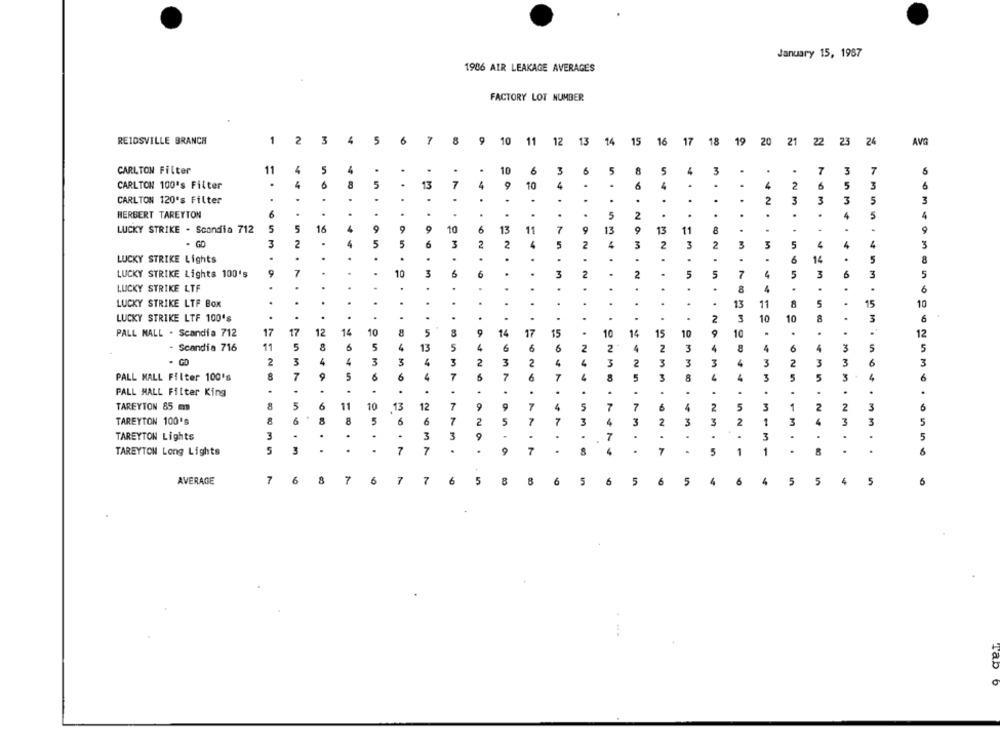
January 15, 1987
1986 AIR LEAKAGE AVERAGES
FACTORY LOT NUMBER
REIDSVILLE BRANCH
2
3
4
5
6
7
8 9 10 11 12 13 14 15 16
17
18
19
20
21
22
23
24
AVG
CARLTON Filter
11
5
4
.
.
-
.
.
10
6
3
6
5
8
5
3
7
CARLTON 100's Filter
6
5
13
7
9
10
4
6
2
5
3
6
CARLTON 120's Filter
..
.
.
.
.
.
.
3
3
3
5
HERBERT TAREYTON
.
.
.
.
.
5
2
5
4
LUCKY STRIKE . Scondia 712
5
=.. 65
5
16
9
10
6
13
11
7
13
13
8
- GD
m
2
.
4
5
5
6
3
2
2
5
2
4
3
2
3
2
3
3
5
LUCKY STRIKE Lights
.
.
.
.
.
.
.
.
.
6
14
.
5
8
LUCKY STRIKE Lights 100's
..
10
3
6
6
.
.
3
2
.
2
5
5
7
5
3
6
5
LUCKY STRIKE LTF
. .
. .
.
.
.
.
.
.
.
.
8
.
6
LUCKY STRIKE LTF BOX
.
.
.
.
.
.
.
13
11
5
10
.
.
LUCKY STRIKE LTF 100's
.
.
.
.
.
.
3
10
6
17
12
14
10
.
.
PALL MALL . Scandia 712
5
14
17
15
10
14
15
10
10
12
11
6
5
4
13
5
4
- Scandia 716
6
2
2
4
2
4
6
4
3
5
5
· GO
2
3
3
2
3
2
4
3
3
3
3
4
3
2
3
3
6
3
5
-
7
7
6
PALL MALL Filter 100's
10
3
8
4
3
5
5
4
6
.
.
.
.
.
.
.
.
.
PALL MALL Filter King
5
11
10
13
7
9
9
4
5
2
2
6
TAREYTON 85 m
12
7
6
4
2
5
3
3
TAREYTON 100's
8
5
6
7
2
5
7
7
3
3
2
3
3
2
3
3
1
5
TAREYTON Lights
3
3
3
.
7
3
5
5
.
.
7
7
.
9
7
7
5
1
1
6
TAREYTON Long Lights
AVERAGE
7
6
7
6
7
7
6
5
8
8
6
5
6
5
6
5
4
5
5
5
6
0